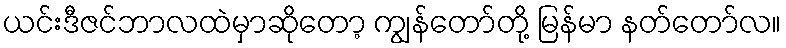
ယင်းဒီဇင်ဘာလထဲမှာဆိုတော့ ကျွန်တော်တို့ မြန်မာ နတ်တော်လ။